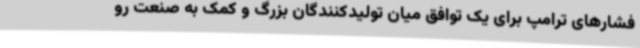
فشارهای ترامپ برای یک توافق میان تولیدکنندگان بزرگ و کمک به صنعت رو